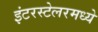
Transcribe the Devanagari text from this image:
इंटरस्टेलरमध्ये